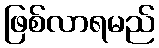
ဖြစ်လာရမည်